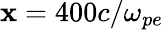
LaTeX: \mathbf{x}=400c/\omega_{pe}